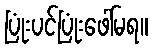
ပြုံးပင်ပြုံးဖေါ်မရ။